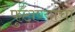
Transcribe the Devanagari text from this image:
फुटाण्यांचा